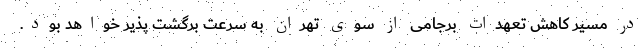
در مسیر کاهش تعهدات برجامی از سوی تهران به سرعت برگشت پذیر خواهد بود.